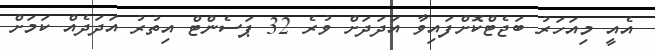
އެއީ މިއަހަރު ބަޖެޓްކޮށްފައިވާ އަދަދަށް ވުރެ 32 ޕަސެންޓް އިތުރު އަދަދެއް ކަމަށް